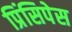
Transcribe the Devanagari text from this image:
प्रिंसिपेस